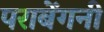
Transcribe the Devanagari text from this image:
पराबेंगनी